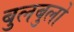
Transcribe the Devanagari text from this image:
बुलबुलो